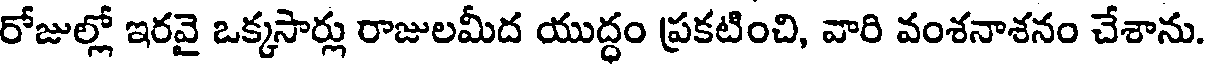
రోజుల్లో ఇరవై ఒక్కసార్లు రాజులమీద యుద్ధం ప్రకటించి, వారి వంశనాశనం చేశాను.